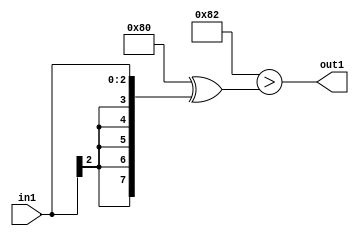
`timescale 1ps / 1ps
/*****************************************************************************
    Verilog RTL Description
    
    
    Created by: Stratus DpOpt 2019.1.01 
*******************************************************************************/

module SobelFilter_Lti2s3_4 (
	in1,
	out1
	); /* architecture "behavioural" */ 
input [2:0] in1;
output  out1;
wire  asc001;

assign asc001 = ((8'B10000000 ^ 8'B00000010)>(8'B10000000 ^ {{5{in1[2]}}, in1}));

assign out1 = asc001;
endmodule

/* CADENCE  ubHyTAw= : u9/ySgnWtBlWxVPRXgAZ4Og= ** DO NOT EDIT THIS LINE ******/